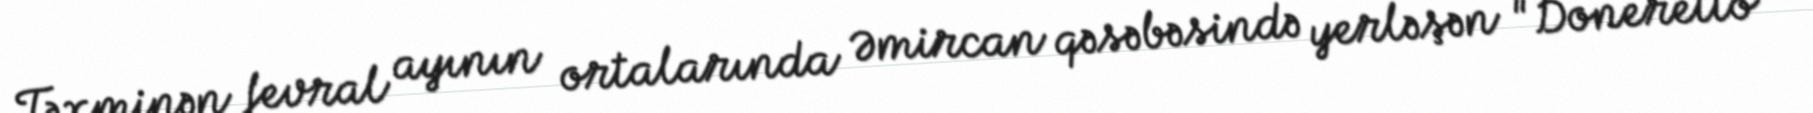
Təxminən fevral ayının ortalarında Əmircan qəsəbəsində yerləşən "Doneretto"